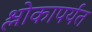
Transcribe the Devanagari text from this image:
श्लोकापर्यंत